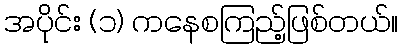
အပိုင်း (၁) ကနေစကြည့်ဖြစ်တယ်။